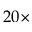
2 0 \times